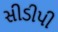
સીડીપી